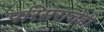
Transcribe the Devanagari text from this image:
परिसराचेही